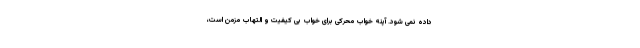
داده نمی شود. آپنه خواب محرکی برای خواب بی کیفیت و التهاب مزمن است،